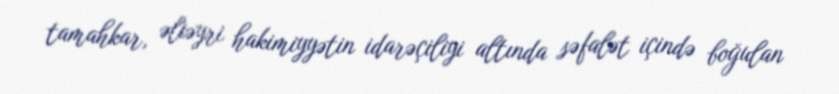
tamahkar, əliəyri hakimiyyətin idarəçiliyi altında səfalət içində boğulan